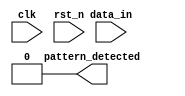
module dual_ff_detector (
    input wire clk,              // Clock signal
    input wire rst_n,            // Active low reset signal
    input wire data_in,          // Input data stream
    output reg pattern_detected   // Output signal indicating pattern detection
);

    // Parameters for the specific pattern to be detected
    parameter PATTERN = 2'b11;   // Example pattern (modify as needed)
    
    // Internal signals
    reg ff1;                     // Output of the first flip-flop
    reg ff2;                     // Output of the second flip-flop

    // Flip-flop behavior
    always @(posedge clk or negedge rst_n) begin
        if (!rst_n) begin
            ff1 <= 1'b0;         // Reset ff1
            ff2 <= 1'b0;         // Reset ff2
            pattern_detected <= 1'b0; // Reset output
        end else begin
            ff1 <= data_in;      // Sample input data into ff1
            ff2 <= ff1;          // Sample ff1 output into ff2
        end
    end

    // Pattern detection logic
    always @(*) begin
        if (ff2 == PATTERN) begin
            pattern_detected = 1'b1; // Pattern detected
        end else begin
            pattern_detected = 1'b0; // No pattern detected
        end
    end

endmodule